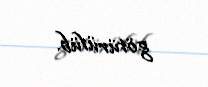
götürülüb.